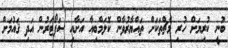
ބުނީ ކުރިޔަށް ހުރި މެޗްތަކަށް ތައްޔާރުވާން ކޮލަމްބިއާ އަށާއި ސަޕޯޓަރުން އަދި ޤައުމަށް